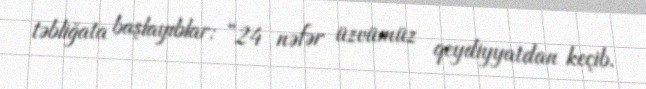
təbliğata başlayıblar: “24 nəfər üzvümüz qeydiyyatdan keçib.